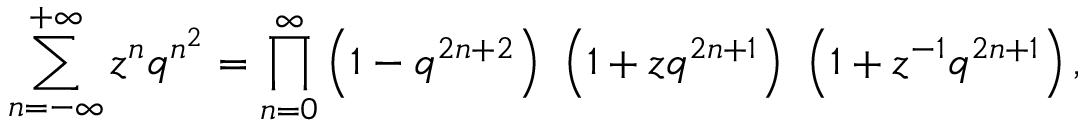
\sum _ { n = - \infty } ^ { + \infty } z ^ { n } q ^ { n ^ { 2 } } = \prod _ { n = 0 } ^ { \infty } \left( 1 - q ^ { 2 n + 2 } \right) ~ \left( 1 + z q ^ { 2 n + 1 } \right) ~ \left( 1 + z ^ { - 1 } q ^ { 2 n + 1 } \right) ,